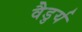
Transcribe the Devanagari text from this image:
वैडुर्य